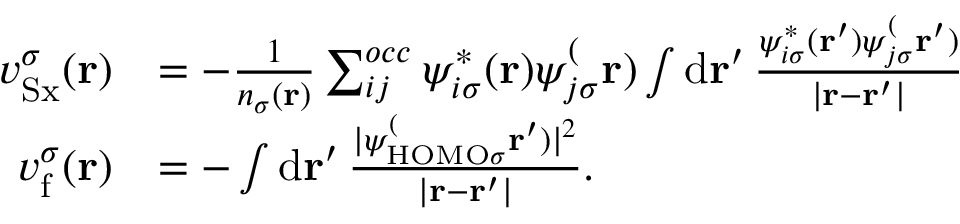
\begin{array} { r l } { v _ { \mathrm { S x } } ^ { \sigma } ( \mathbf { r } ) } & { = - \frac { 1 } { n _ { \sigma } ( \mathbf { r } ) } \sum _ { i j } ^ { o c c } \psi _ { i \sigma } ^ { \ast } ( \mathbf { r } ) \psi _ { j \sigma } ^ ( \mathbf { r } ) \int \mathrm { d } \mathbf { r } ^ { \prime } \, \frac { \psi _ { i \sigma } ^ { \ast } ( \mathbf { r } ^ { \prime } ) \psi _ { j \sigma } ^ ( \mathbf { r } ^ { \prime } ) } { \vert \mathbf { r } - \mathbf { r } ^ { \prime } \vert } } \\ { v _ { \mathrm { f } } ^ { \sigma } ( \mathbf { r } ) } & { = - \int \mathrm { d } \mathbf { r } ^ { \prime } \, \frac { \vert \psi _ { \mathrm { H O M O } \sigma } ^ ( \mathbf { r } ^ { \prime } ) \vert ^ { 2 } } { \vert \mathbf { r } - \mathbf { r } ^ { \prime } \vert } . } \end{array}